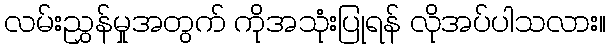
လမ်းညွှန်မှုအတွက် ကိုအသုံးပြုရန် လိုအပ်ပါသလား။